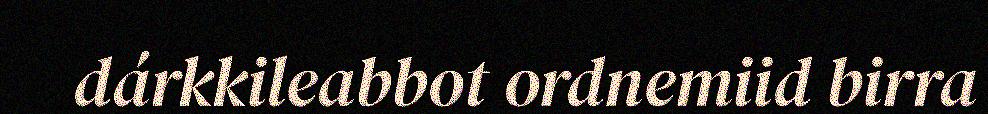
dárkkileabbot ordnemiid birra